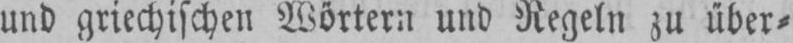
und griechischen Wörtern und Regeln zu über⸗